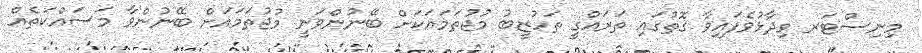
މިނިސްޓަރ ވިދާޅުވެފައިވާ ގޮތުގައި ތަރައްގީ ތަހުޒީބު މުޖުތަމައަކަށް ބޭނުންވަނީ މުޖުތަމައަށް ބޭނުންވާ މަސައްކަތެއް